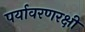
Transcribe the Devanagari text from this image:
पर्यावरणरक्षी